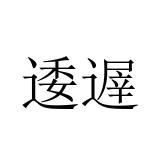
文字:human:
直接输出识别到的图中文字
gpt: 逶遟